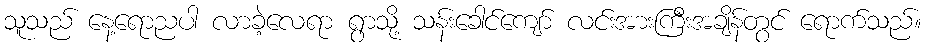
သူသည် နေ့ရောညပါ လာခဲ့လေရာ ရွာသို့ သန်းခေါင်ကျော် လင်းအားကြီးအချိန်တွင် ရောက်သည်။